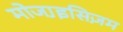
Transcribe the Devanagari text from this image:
मोजा़इसिज़म